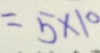
= 5 \times 1 0